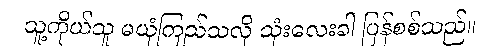
သူ့ကိုယ်သူ မယုံကြည်သလို သုံးလေးခါ ပြန်စစ်သည်။